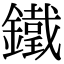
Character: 鐵